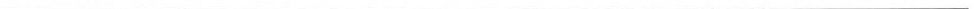
___